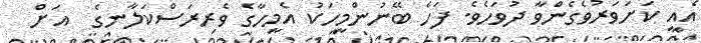
އެއީ ކަށަވަރުވެގެންވާ ދުވަހެވެ. ފަހެ ބޭނުންމީހަކު އެމީހާގެ ވެރިރަސްކަލާނގެ  އަށް